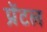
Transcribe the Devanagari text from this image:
प्रेंटल